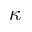
{ \kappa }